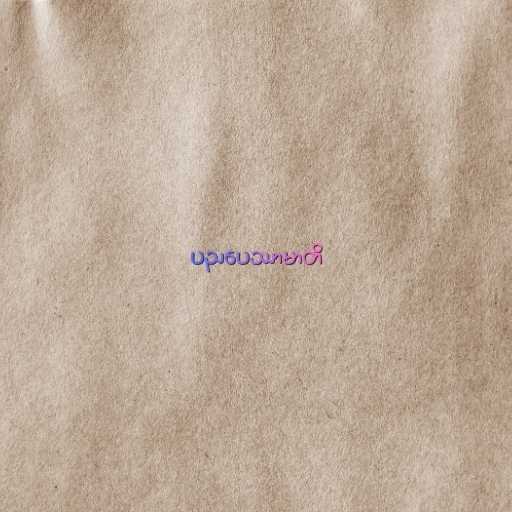
ပညပေဿာမာတိ